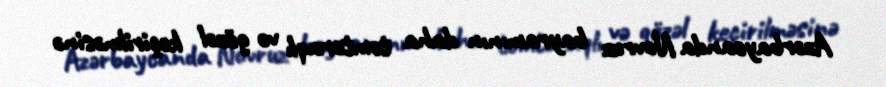
Azərbaycanda Novruz bayramının daha təmtəraqlı və gözəl keçirilməsinə